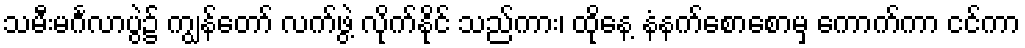
သမီးမင်္ဂလာပွဲ၌ ကျွန်တော် လက်ဖွဲ့ လိုက်နိုင် သည်ကား၊ ထိုနေ့ နံနက်စောစောမှ ကောက်ကာ ငင်ကာ